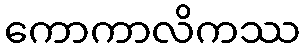
ကောကာလိကဿ